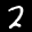
Label: 2